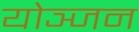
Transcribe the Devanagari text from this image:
योञ्जन